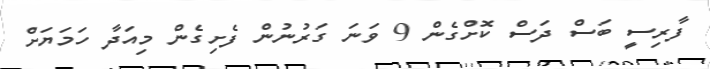
ފާރިސީ ބަސް ދަސް ކޮށްގެން 9 ވަނަ ގަރުނުން ފެށިގެން މިއަދާ ހަމަޔަށް